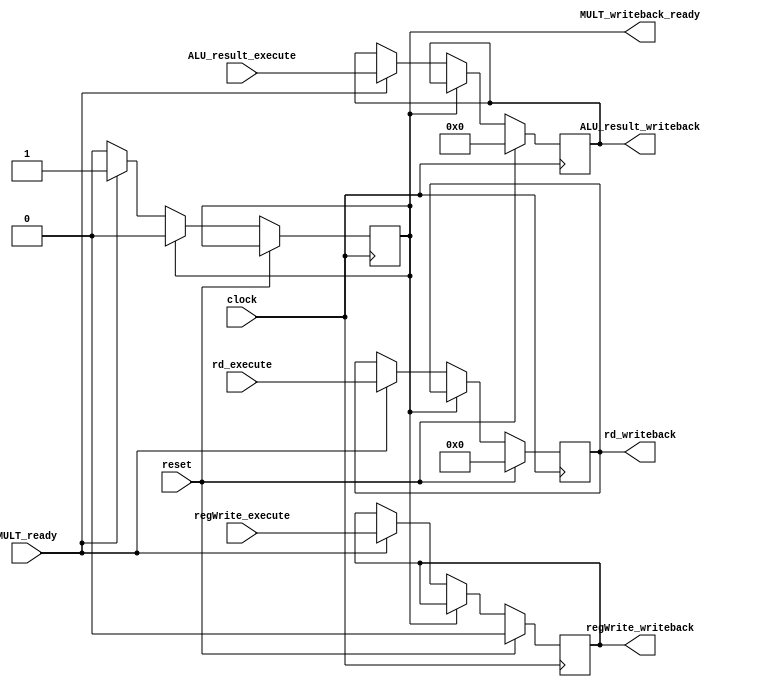
/** @module : execute_pipe_unit
 *  @author : Adaptive & Secure Computing Systems (ASCS) Laboratory
 
 *  Copyright (c) 2018 BRISC-V (ASCS/ECE/BU)
 *  Permission is hereby granted, free of charge, to any person obtaining a copy
 *  of this software and associated documentation files (the "Software"), to deal
 *  in the Software without restriction, including without limitation the rights
 *  to use, copy, modify, merge, publish, distribute, sublicense, and/or sell
 *  copies of the Software, and to permit persons to whom the Software is
 *  furnished to do so, subject to the following conditions:
 *  The above copyright notice and this permission notice shall be included in
 *  all copies or substantial portions of the Software.

 *  THE SOFTWARE IS PROVIDED "AS IS", WITHOUT WARRANTY OF ANY KIND, EXPRESS OR
 *  IMPLIED, INCLUDING BUT NOT LIMITED TO THE WARRANTIES OF MERCHANTABILITY,
 *  FITNESS FOR A PARTICULAR PURPOSE AND NONINFRINGEMENT. IN NO EVENT SHALL THE
 *  AUTHORS OR COPYRIGHT HOLDERS BE LIABLE FOR ANY CLAIM, DAMAGES OR OTHER
 *  LIABILITY, WHETHER IN AN ACTION OF CONTRACT, TORT OR OTHERWISE, ARISING FROM,
 *  OUT OF OR IN CONNECTION WITH THE SOFTWARE OR THE USE OR OTHER DEALINGS IN
 *  THE SOFTWARE.
 */

// A separate pipeline for the MULT unit
module MULT_pipe_unit #(parameter  DATA_WIDTH = 32,
                             ADDRESS_BITS = 20)(

    input clock, reset,
    input MULT_ready,
    input [DATA_WIDTH-1:0]   ALU_result_execute,
    input [4:0]   rd_execute,

    input regWrite_execute,
    output [DATA_WIDTH-1:0]   ALU_result_writeback,
    output [4:0]   rd_writeback,
    output regWrite_writeback,
    output reg MULT_writeback_ready
    );
    
reg  [DATA_WIDTH-1:0]   ALU_result_execute_to_writeback;  
reg  [4:0]   rd_execute_to_writeback;  
reg  regWrite_execute_to_writeback;

assign ALU_result_writeback    = ALU_result_execute_to_writeback;
assign rd_writeback    = rd_execute_to_writeback;       
assign regWrite_writeback      = regWrite_execute_to_writeback;
    
initial begin
  MULT_writeback_ready = 0;
end

//The MULT pipe takes 2 cycles so that ALU does not intersect with MULT at writeback
always @(posedge clock) begin
   if(reset) begin    
      ALU_result_execute_to_writeback    <= {DATA_WIDTH{1'b0}};
      rd_execute_to_writeback    <= {5{1'b0}};
      regWrite_execute_to_writeback      <= 1'b0;
   end 
   else begin
      if (MULT_writeback_ready == 1) begin
	MULT_writeback_ready <= 0;
      end
      else if (MULT_ready) begin
	MULT_writeback_ready <= 1;
      	ALU_result_execute_to_writeback    <= ALU_result_execute; 
      	rd_execute_to_writeback    <=    rd_execute; 
      	regWrite_execute_to_writeback      <= regWrite_execute;
      end
   end
end    
endmodule